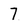
Character: 7